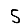
Digit: 5